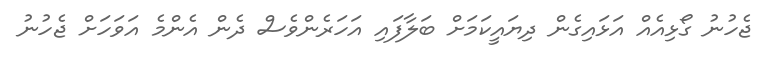
ޖެހުނު ގޯޅިއެއް އަޅައިގެން ދިޔައީކަމަށް ބަލާފައި އަހަރެންވެސް ދެން އެންމެ އަވަހަށް ޖެހުނު